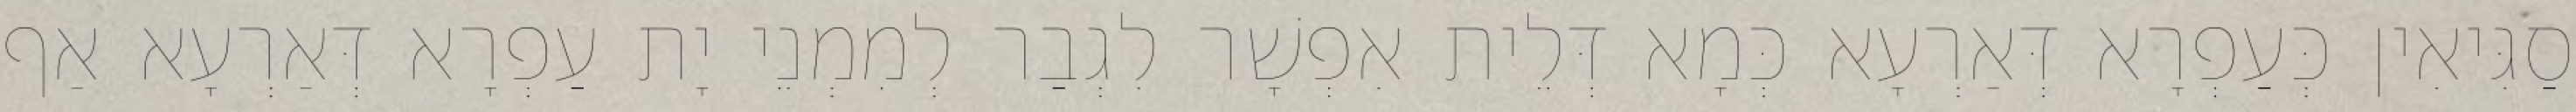
סַגִּיאִין כְּעַפְרָא דְּאַרְעָא כְּמָא דְּלֵית אִפְשָׁר לִגְבַר לְמִמְנֵי יָת עַפְרָא דְּאַרְעָא אַף